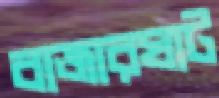
বাজারঘাট